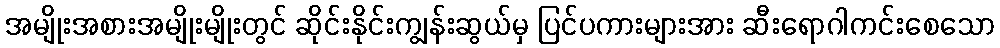
အမျိုးအစားအမျိုးမျိုးတွင် ဆိုင်းနိုင်းကျွန်းဆွယ်မှ ပြင်ပကားများအား ဆီးရောဂါကင်းစေသော